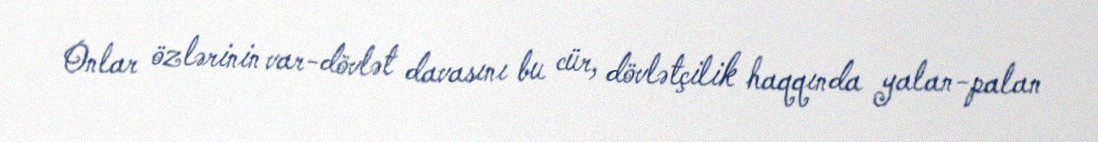
Onlar özlərinin var-dövlət davasını bu cür, dövlətçilik haqqında yalan-palan